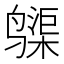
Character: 𱊨